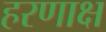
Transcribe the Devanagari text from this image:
हरणाक्ष